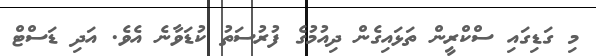
މި ގަޑިގައި ސްކްރީން ތަޅައިގެން ދިއުމުގެ ފުރުސަތު ކުޑަވާނެ އެވެ. އަދި ޑަސްޓް